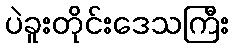
ပဲခူးတိုင်းဒေသကြီး